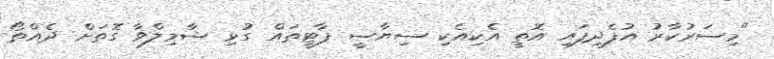
"މިސަރުކާރު އުފެދިފައި އޮތީ އެކިއެކި ސިޔާސީ ޕާޓީތައް ގުޅި ޝާމިލްވާ ގޮތަށް ދެއްތޯ